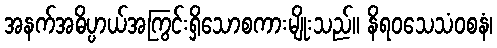
အနက်အဓိပ္ပာယ်အကြွင်းရှိသောစကားမျိုးသည်။ နိရဝသေသံဝစနံ၊